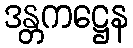
ဒန္တကဋ္ဌေန